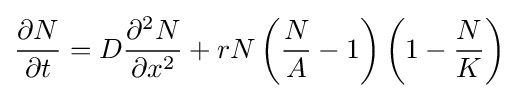
{\frac {\partial N}{\partial t}}=D{\frac {\partial ^{2}N}{\partial x^{2}}}+rN\left({\frac {N}{A}}-1\right)\left(1-{\frac {N}{K}}\right)